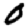
Digit: 0